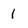
Character: 1